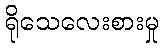
ရိုသေလေးစားမှု